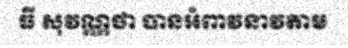
ធី សុវណ្ណថា បានអំពាវនាវតាម